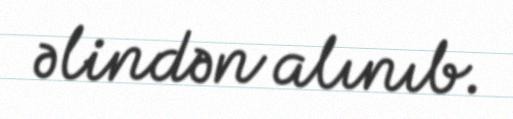
əlindən alınıb.